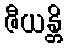
ဇီယန္တိ